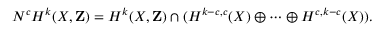
N ^ { c } H ^ { k } ( X , \mathbf { Z } ) = H ^ { k } ( X , \mathbf { Z } ) \cap ( H ^ { k - c , c } ( X ) \oplus \cdots \oplus H ^ { c , k - c } ( X ) ) .